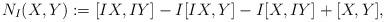
LaTeX: \begin{align*}N_I(X,Y):=[IX,IY]-I[IX,Y]-I[X,IY]+[X,Y],\end{align*}